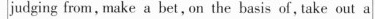
judging from, make a bet,on the basis of,take out a